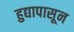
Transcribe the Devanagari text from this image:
हुद्यापासून